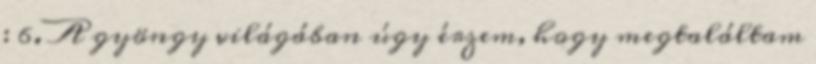
: 6. A gyöngy világában úgy érzem, hogy megtaláltam